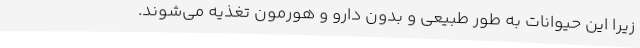
زیرا این حیوانات به طور طبیعی و بدون دارو و هورمون تغذیه می‌شوند.